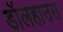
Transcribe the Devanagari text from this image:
डॉलहाउस